Black-water fever - Number 35
Disease focus: Fever
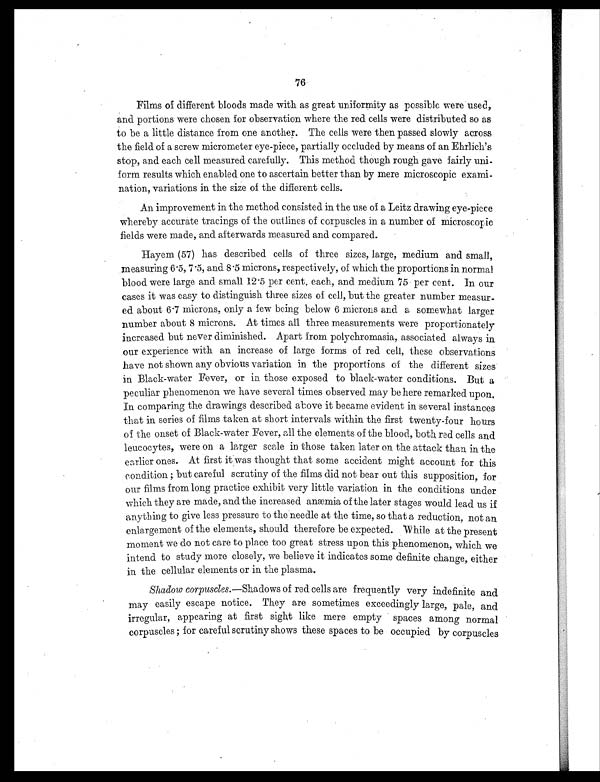
76
Films of different bloods made with as great uniformity as possible were used,
and portions were chosen for observation where the red cells were distributed so as
to be a little distance from one another. The cells were then passed slowly across
the field of a screw micrometer eye-piece, partially occluded by means of an Ehrlich's
stop, and each cell measured carefully. This method though rough gave fairly uni-
form results which enabled one to ascertain better than by mere microscopic exami-
nation, variations in the size of the different cells.
An improvement in the method consisted in the use of a Leitz drawing eye-piece
whereby accurate tracings of the outlines of corpuscles in a number of microscopic
fields were made, and afterwards measured and compared.
Hayem (57) has described cells of three sizes, large, medium and small,
measuring 6.5, 7.5, and 8.5 microns, respectively, of which the proportions in normal
blood were large and small 12.5 per cent. each, and medium 75 per cent. In our
cases it was easy to distinguish three sizes of cell, but the greater number measur-
ed about 6.7 microns, only a few being below 6 microns and a somewhat larger
number about 8 microns. At times all three measurements were proportionately
increased but never diminished. Apart from polychromasia, associated always in
our experience with an increase of large forms of red cell, these observations
have not shown any obvious variation in the proportions of the different sizes
in Black-water Fever, or in those exposed to black-water conditions. But a
peculiar phenomenon we have several times observed may be here remarked upon.
In comparing the drawings described above it became evident in several instances
that in series of films taken at short intervals within the first twenty-four hours
of the onset of Black-water Fever, all the elements of the blood, both red cells and
leucocytes, were on a larger scale in those taken later on the attack than in the
earlier ones. At first it was thought that some accident might account for this
condition ; but careful scrutiny of the films did not bear out this supposition, for
our films from long practice exhibit very little variation in the conditions under
which they are made, and the increased anæmia of the later stages would lead us if
anything to give less pressure to the needle at the time, so that a reduction, not an
enlargement of the elements, should therefore be expected. While at the present
moment we do not care to place too great stress upon this phenomenon, which we
intend to study more closely, we believe it indicates some definite change, either
in the cellular elements or in the plasma.
Shadow corpuscles.— Shadows of red cells are frequently very indefinite and
may easily escape notice. They are sometimes exceedingly large, pale, and
irregular, appearing at first sight like mere empty spaces among normal
corpuscles ; for careful scrutiny shows these spaces to be occupied by corpuscles